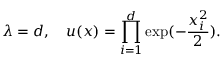
\lambda = d , \quad u ( x ) = \prod _ { i = 1 } ^ { d } \exp ( - \frac { x _ { i } ^ { 2 } } { 2 } ) .